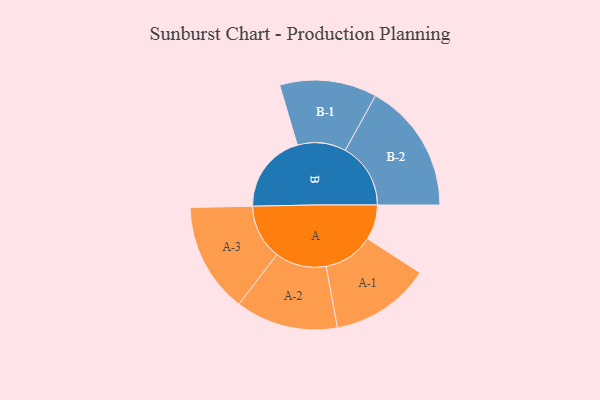
{"axis": {"x": "Segment", "y": "Value"}, "legend": ["", "A", "B"], "data": [{"x": "A", "y": 159, "type": ""}, {"x": "B", "y": 362, "type": ""}, {"x": "A-1", "y": 227, "type": "A"}, {"x": "A-2", "y": 232, "type": "A"}, {"x": "A-3", "y": 249, "type": "A"}, {"x": "B-1", "y": 220, "type": "B"}, {"x": "B-2", "y": 296, "type": "B"}]}